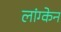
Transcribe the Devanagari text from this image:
लांग्केन